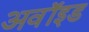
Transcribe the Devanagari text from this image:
अवॉइड